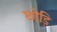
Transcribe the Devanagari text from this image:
छोड़ि